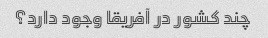
چند کشور در آفریقا وجود دارد؟